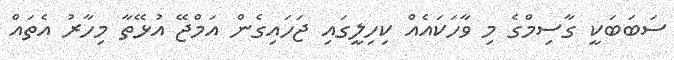
ސަބަބަކީ ގާސިމްގެ މި ވާހަކައެއް ކިހިލީގައި ޖަހައިގެން އަމްޖޭ އުޅޭތާ މިހާރު އެތައް